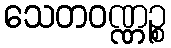
သေတဝဏ္ဏဉ္စ